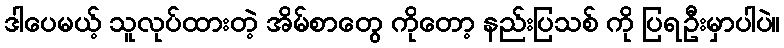
ဒါပေမယ့် သူလုပ်ထားတဲ့ အိမ်စာတွေ ကိုတော့ နည်းပြသစ် ကို ပြရဦးမှာပါပဲ။